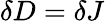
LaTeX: \delta D=\delta J